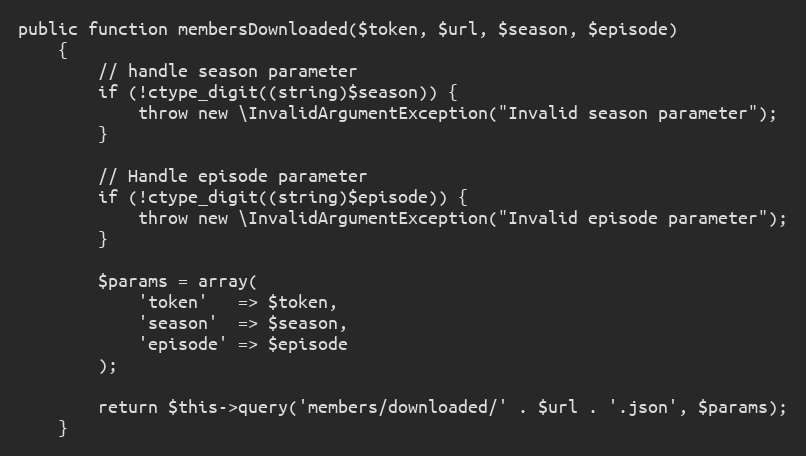
Language: PHP
public function membersDownloaded($token, $url, $season, $episode)
    {
        // handle season parameter
        if (!ctype_digit((string)$season)) {
            throw new \InvalidArgumentException("Invalid season parameter");
        }

        // Handle episode parameter
        if (!ctype_digit((string)$episode)) {
            throw new \InvalidArgumentException("Invalid episode parameter");
        }

        $params = array(
            'token'   => $token,
            'season'  => $season,
            'episode' => $episode
        );

        return $this->query('members/downloaded/' . $url . '.json', $params);
    }